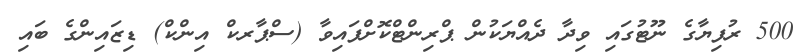
500 ރުފިޔާގެ ނޫޓުގައި ވިދާ ދެއްޔަކުން ޕްރިންޓްކޮށްފައިވާ (ސްޕާރކް އިންކް) ޑިޒައިންގެ ބައި